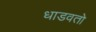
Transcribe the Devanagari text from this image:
धाडवतो